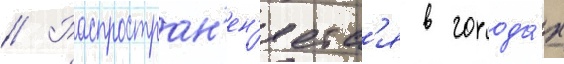
// Распростран'ен'яетс'я в города́х